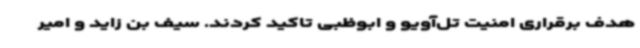
هدف برقراری امنیت تل‌آویو و ابوظبی تاکید کردند. سیف بن زاید و امیر